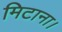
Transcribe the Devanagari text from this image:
मिटाना।